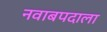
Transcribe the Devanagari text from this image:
नवाबपदाला